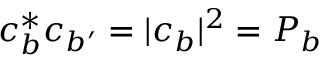
c _ { b } ^ { * } c _ { b ^ { \prime } } = | c _ { b } | ^ { 2 } = P _ { b }